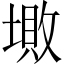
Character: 𡏯